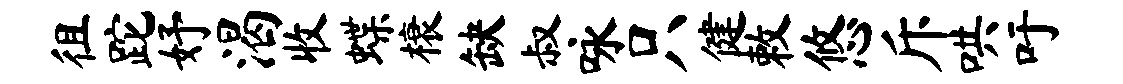
徂跎妤渴收蝶榱缺叔咏只健敕悠斥哄吁